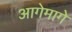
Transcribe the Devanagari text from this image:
आगेमागे